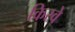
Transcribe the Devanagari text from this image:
किरवे